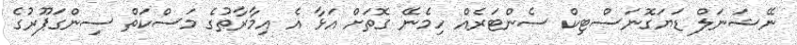
ނޭޝަނަލް ޑަޔަގޮނަސްޓިކް ސެންޓަރެއް ހިމެނޭ ގޮތަށް އަޅާ އެ އިމާރާތުގެ މަސްކަތް ސިންގަޕޫރުގެ